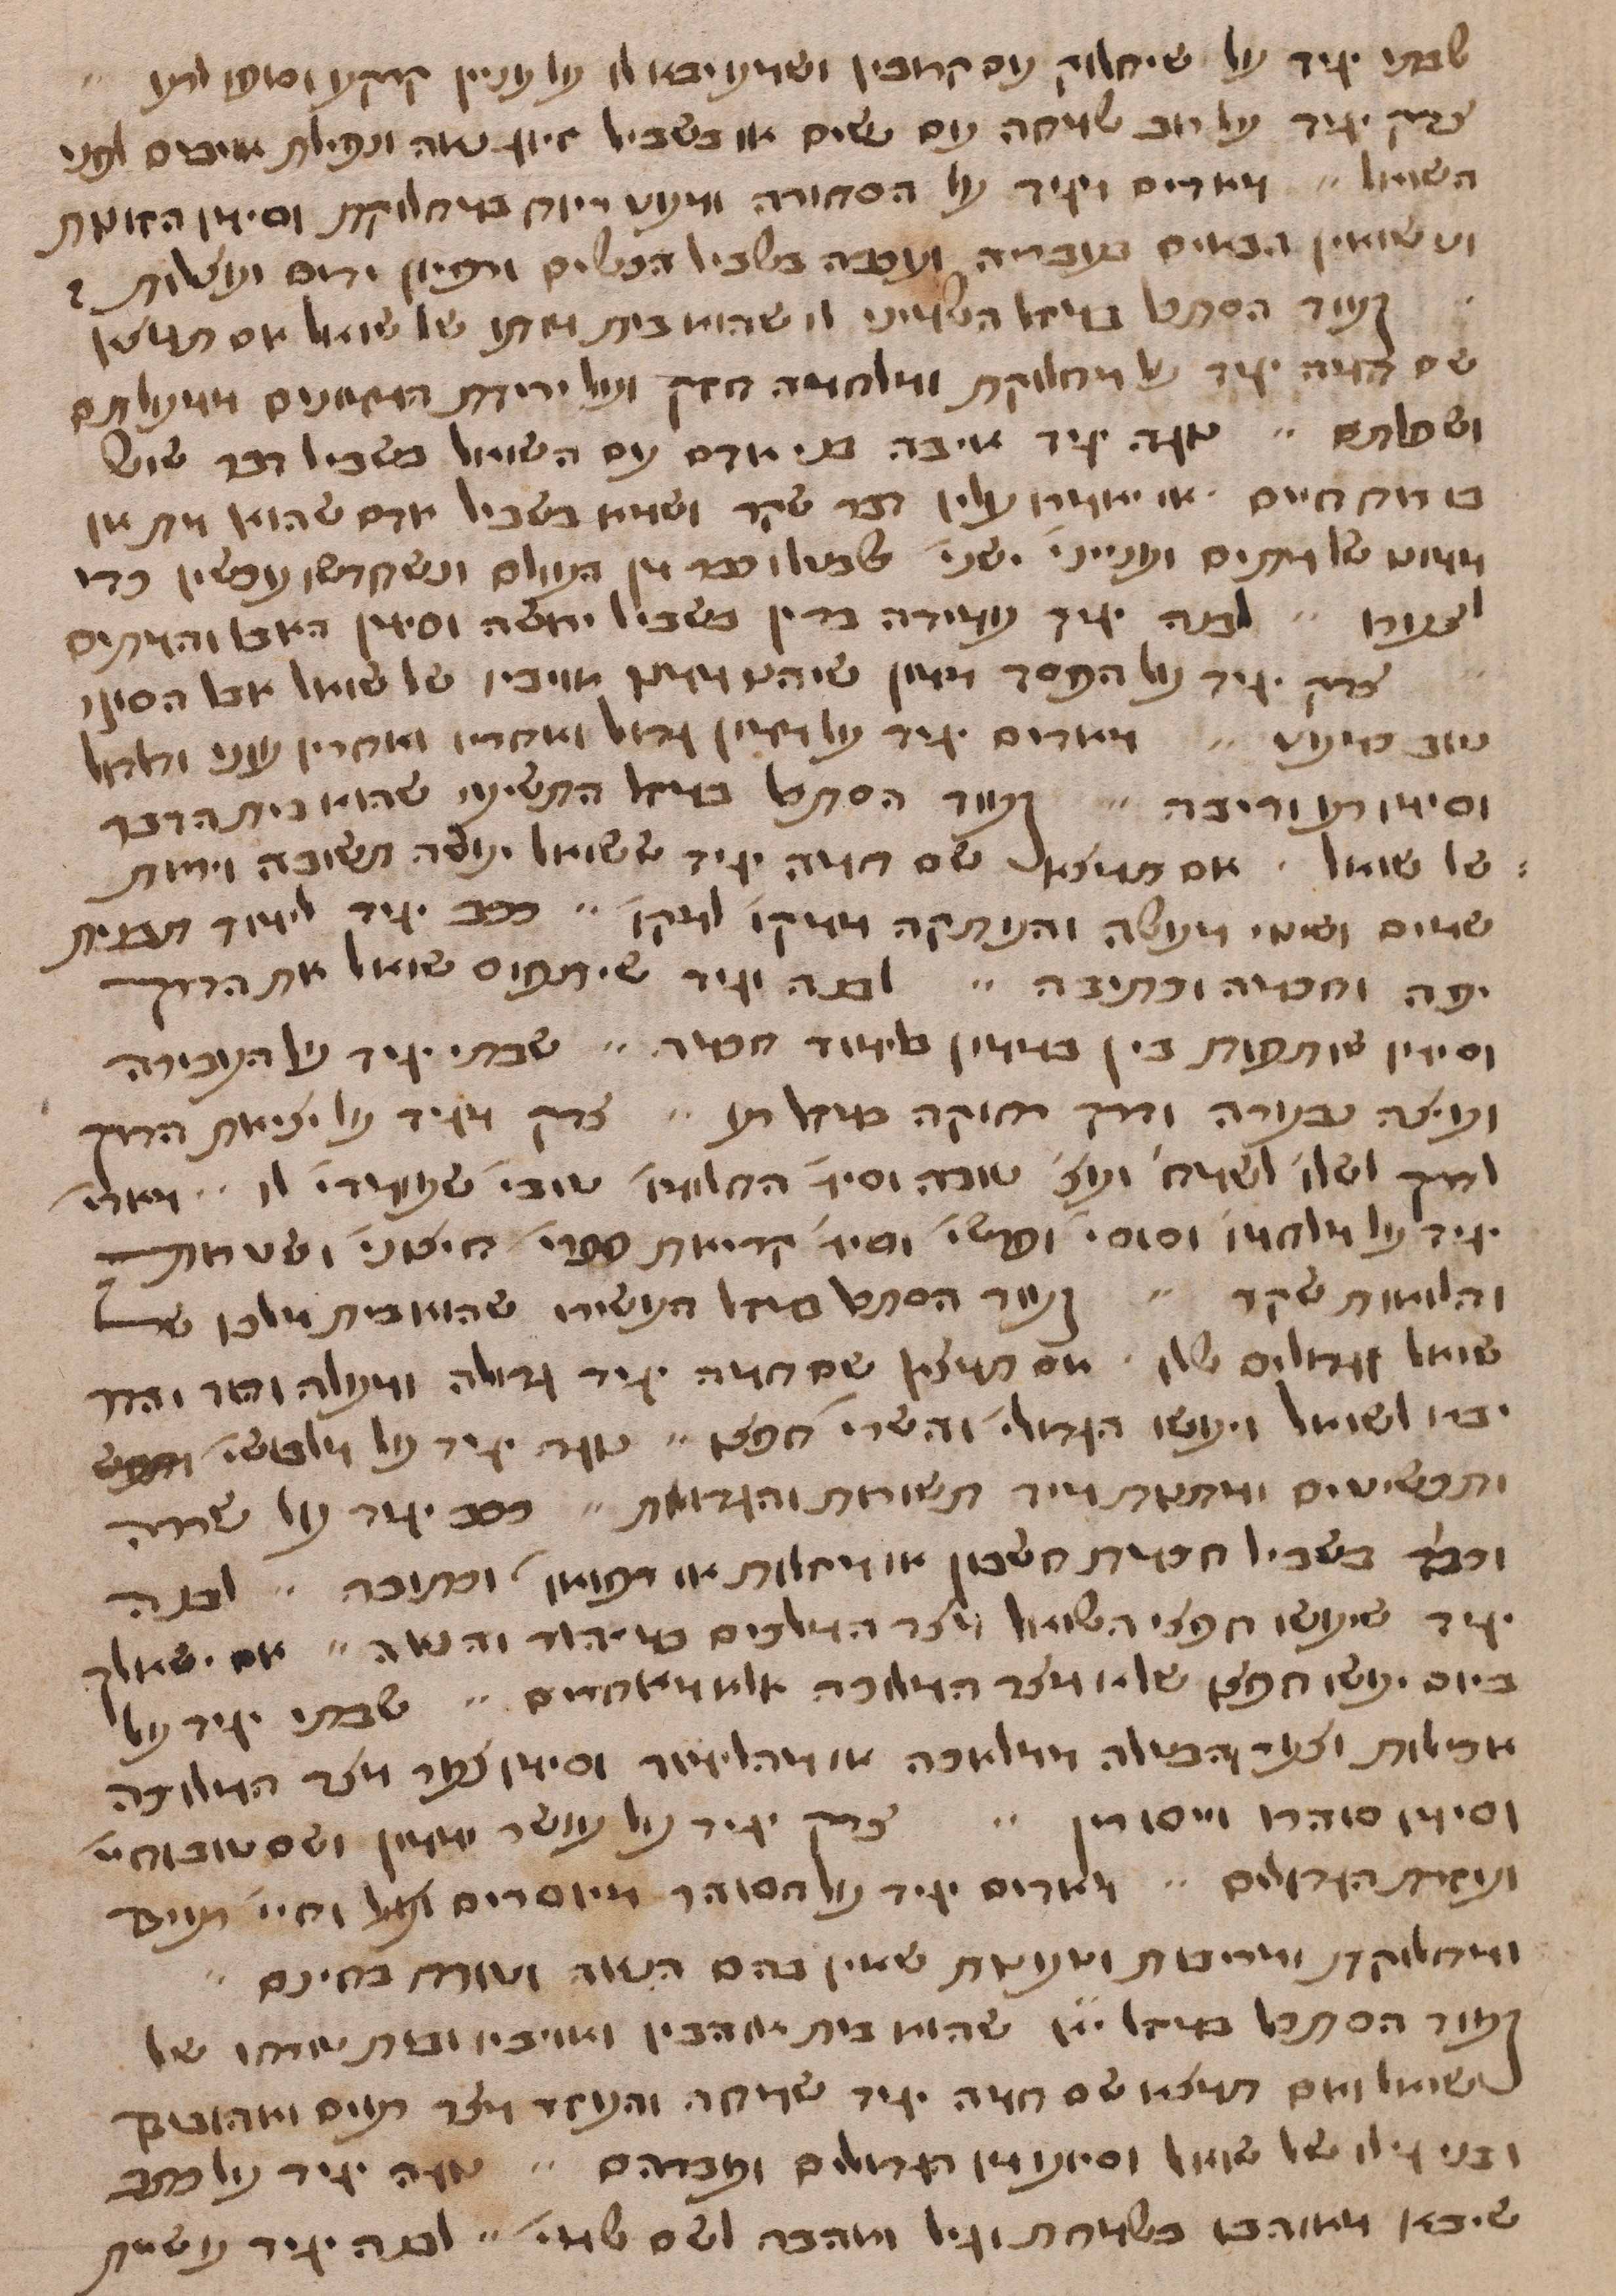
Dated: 1400–1499